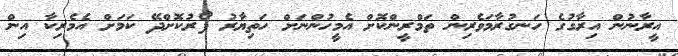
އީރާނުން އިރާގުގެ ހަނގުރާމަވެރިން ތަމްރީންކޮށް އެމީހުންނަށް ހަތިޔާރު ފޯރުކޮށްދޭ ކަމަށް އެމެރިކާ އިން